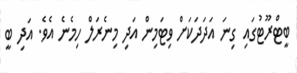
ބީޓްރޫޓުގައި ގިނަ އަދަދަކަށް ވިޓަމިން އަދި މިނެރަލް ހިމެނެ އެވެ. އަދި ބީ